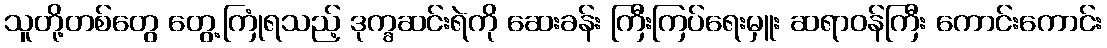
သူတို့တစ်တွေ တွေ့ကြုံရသည့် ဒုက္ခဆင်းရဲကို ဆေးခန်း ကြီးကြပ်ရေးမှူး ဆရာဝန်ကြီး ကောင်းကောင်း